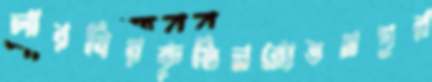
লারবিরকুষ্ঠিনরোত্তমপুর